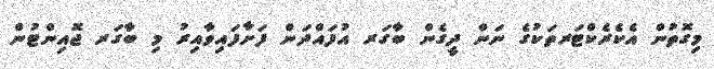
މިގޮތުން އެކެރެކްޓަރތަކުގެ ނަން ދީގެން ބާގަރ އުފައްދަން ފަށާފައިވާއިރު މި ބާގަރ ޖޮއިންޓުން